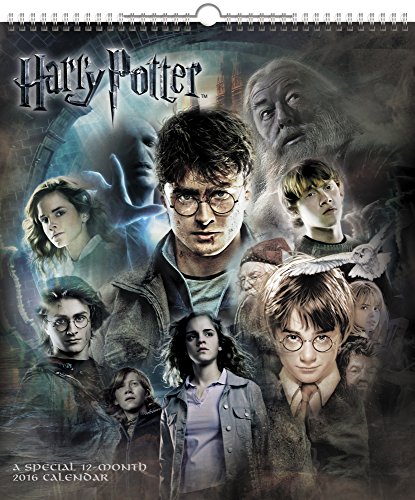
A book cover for Harry Potter Poster Wall Calendar (2016); Day Dream; Calendars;